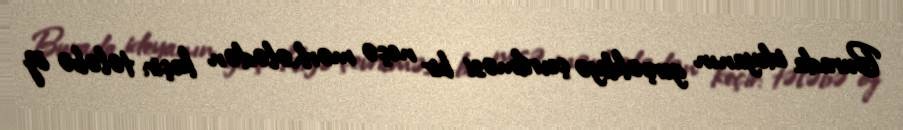
Burada ideyanın gerçəkliyə çevrilməsi bir neçə mərhələdən keçir: tələbə öz